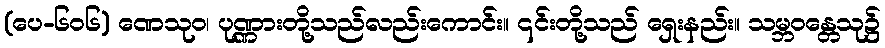
(ပေ-၆၀၆) ဏေသုဝ၊ ပုဏ္ဏားတို့သည်လည်းကောင်း။ ၎င်းတို့သည် ရှေးနည်း။ သမ္ဘဝန္တေသု၌